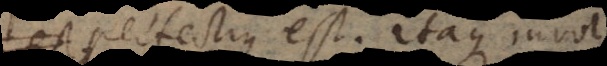
est perfectius est. Itaque involvitur